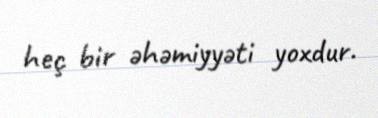
heç bir əhəmiyyəti yoxdur.